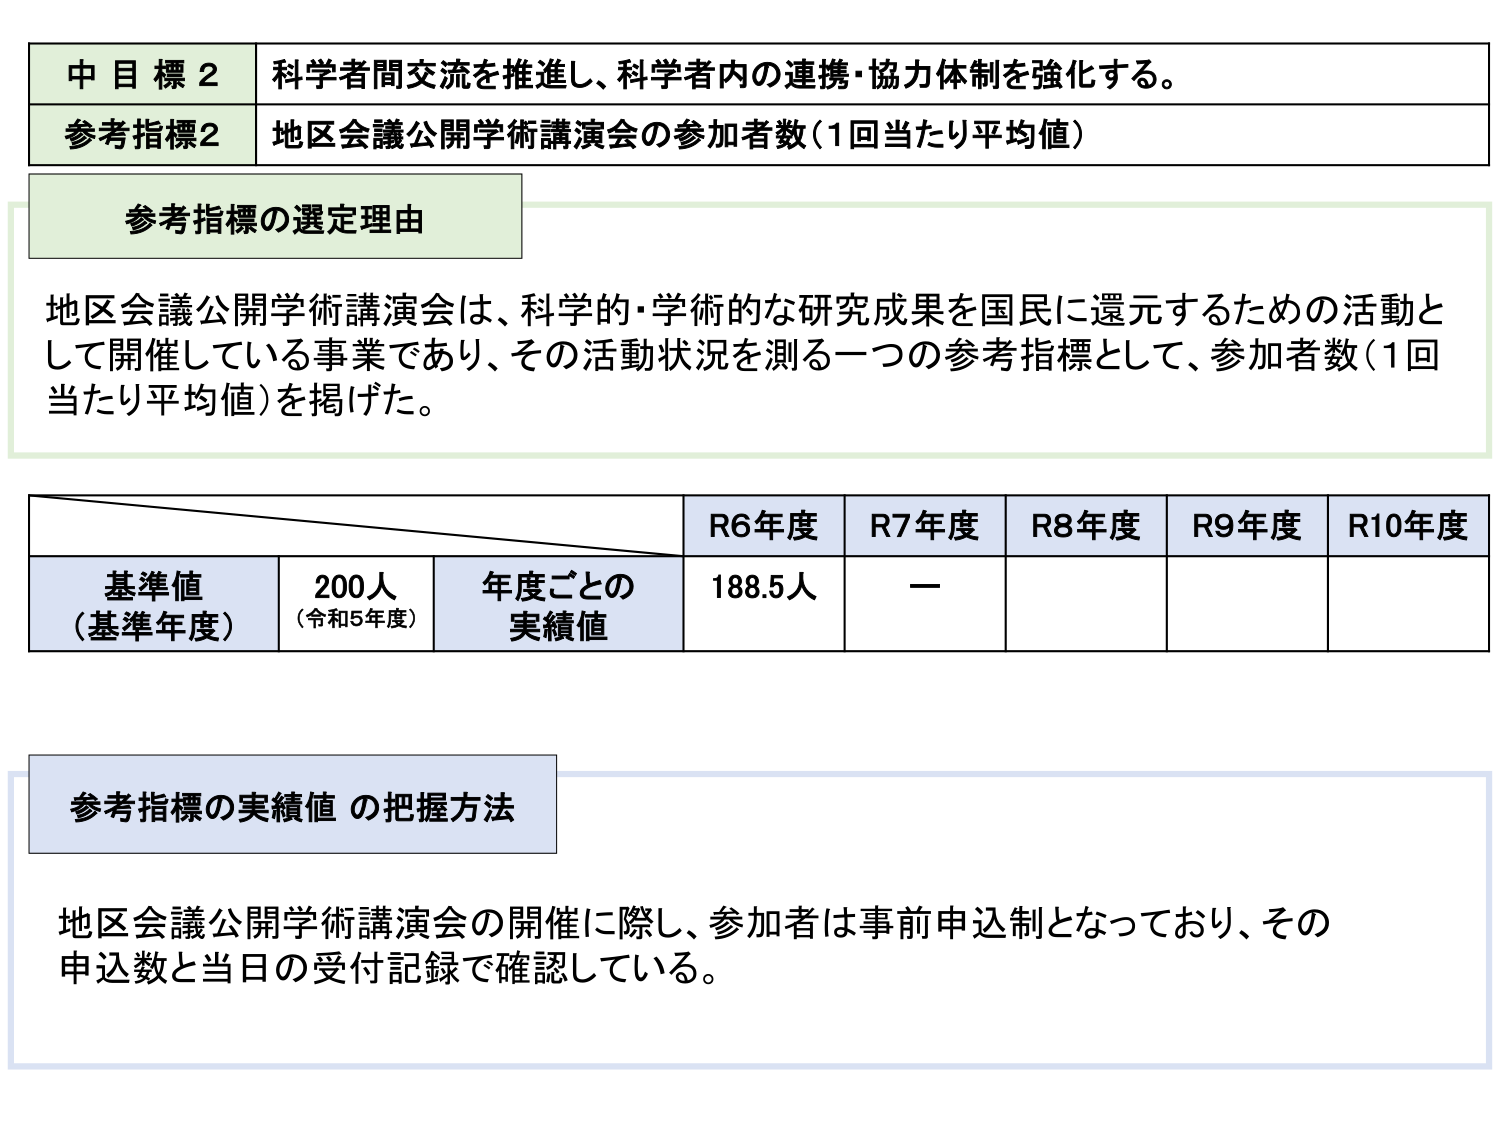
中目標2 科学者間交流を推進し、科学者内の連携・協力体制を強化する。
参考指標2 地区会議公開学術講演会の参加者数（1回当たり平均値）
参考指標の選定理由
地区会議公開学術講演会は、科学的・学術的な研究成果を国民に還元するための活動として開催している事業であり、その活動状況を測る一つの参考指標として、参加者数（1回当たり平均値）を掲げた。
R6年度 R7年度 R8年度 R9年度 R10年度
基準値（基準年度） 200人（令和5年度） 年度ごとの実績値 188.5人 —
参考指標の実績値 の把握方法
地区会議公開学術講演会の開催に際し、参加者は事前申込制となっており、その申込数と当日の受付記録で確認している。